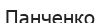
Панченко